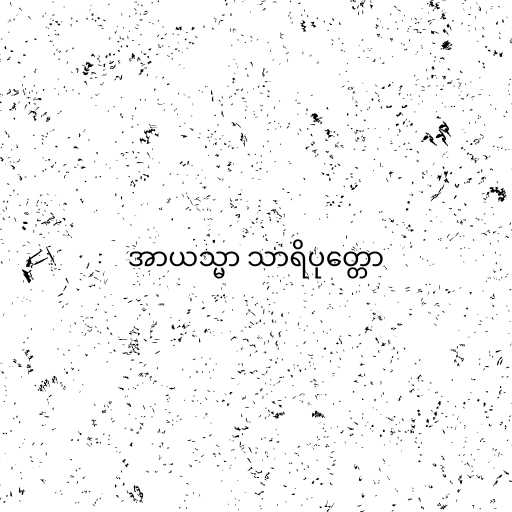
အာယသ္မာ သာရိပုတ္တော